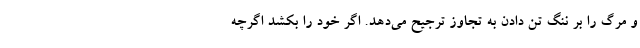
و مرگ را بر ننگ تن دادن به تجاوز ترجیح می‌دهد. اگر خود را بکشد اگرچه